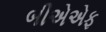
બીએએફ